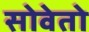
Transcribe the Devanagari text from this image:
सोवेतो